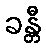
ခန္တီ